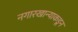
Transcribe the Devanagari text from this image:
नगारखान्याकडून